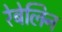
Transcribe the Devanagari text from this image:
रेबेलिन